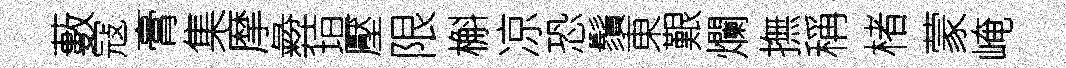
藪寇膏集摩彜垣壓限槲凉恐鬚東艱爛撫稱楮蒙崦